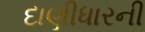
દાણીધારની